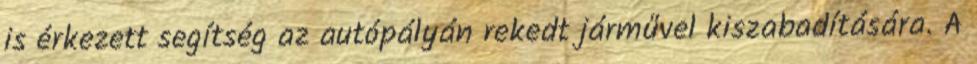
is érkezett segítség az autópályán rekedt járművel kiszabadítására. A